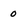
Character: 0